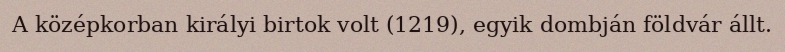
A középkorban királyi birtok volt (1219), egyik dombján földvár állt.